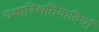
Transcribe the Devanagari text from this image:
यथास्थितिवादियों